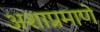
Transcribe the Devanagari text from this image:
अशाप्रमाणे